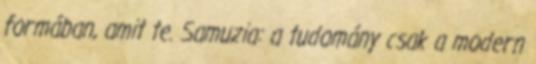
formában, amit te. Samuzia: a tudomány csak a modern